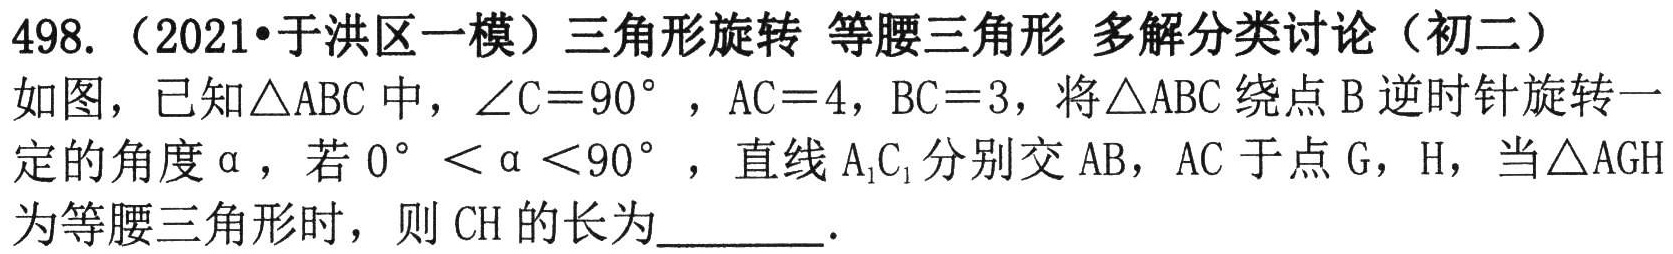
498. （2021•于洪区一模）三角形旋转 等腰三角形 多解分类讨论（初二）
如图，已知$\triangle\text{ABC}$中，$\angle\text{C}=90^{\circ}$，$\text{AC}=4$，$\text{BC}=3$，将$\triangle\text{ABC}$绕点$\text{B}$逆时针旋转一
定的角度$\alpha$，若$0^{\circ}<\alpha<90^{\circ}$，直线$\text{A}_{1}\text{C}_{1}$分别交$\text{AB}$，$\text{AC}$于点$\text{G}$，$\text{H}$，当$\triangle\text{AGH}$
为等腰三角形时，则$\text{CH}$的长为  ．